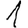
Digit: 1